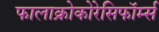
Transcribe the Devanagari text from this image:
फालाक्रोकोरेसिफॉर्म्स